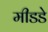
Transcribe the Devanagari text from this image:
मीडडे